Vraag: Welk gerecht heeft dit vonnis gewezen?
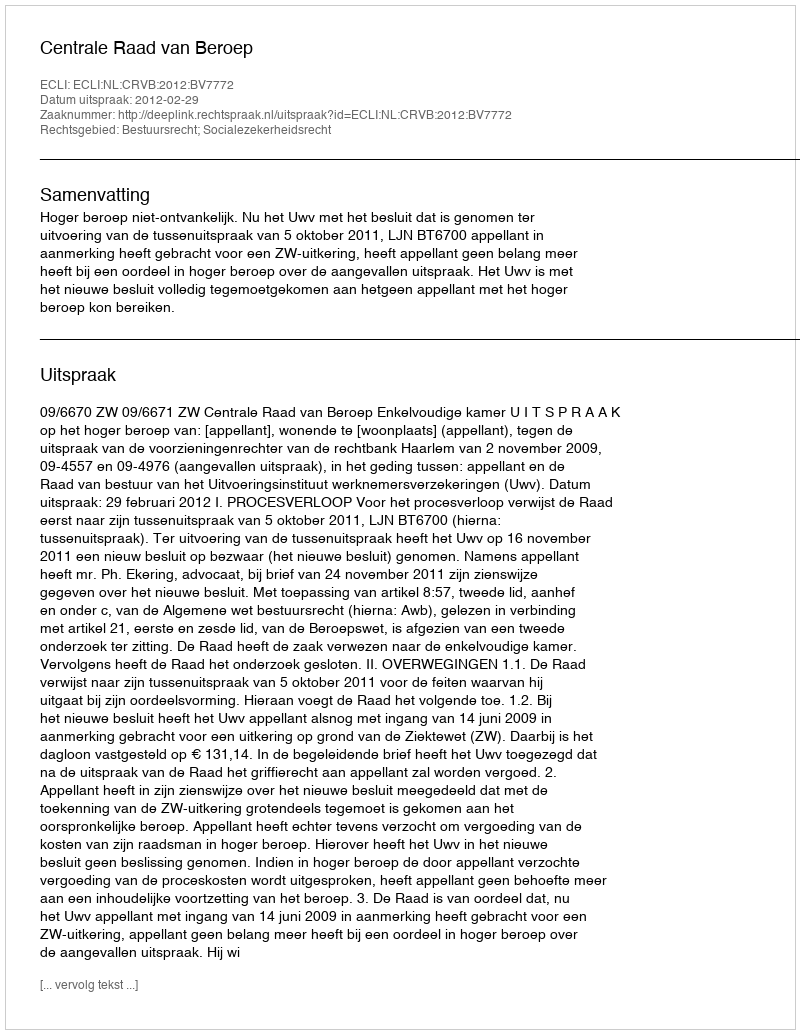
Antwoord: Centrale Raad van Beroep